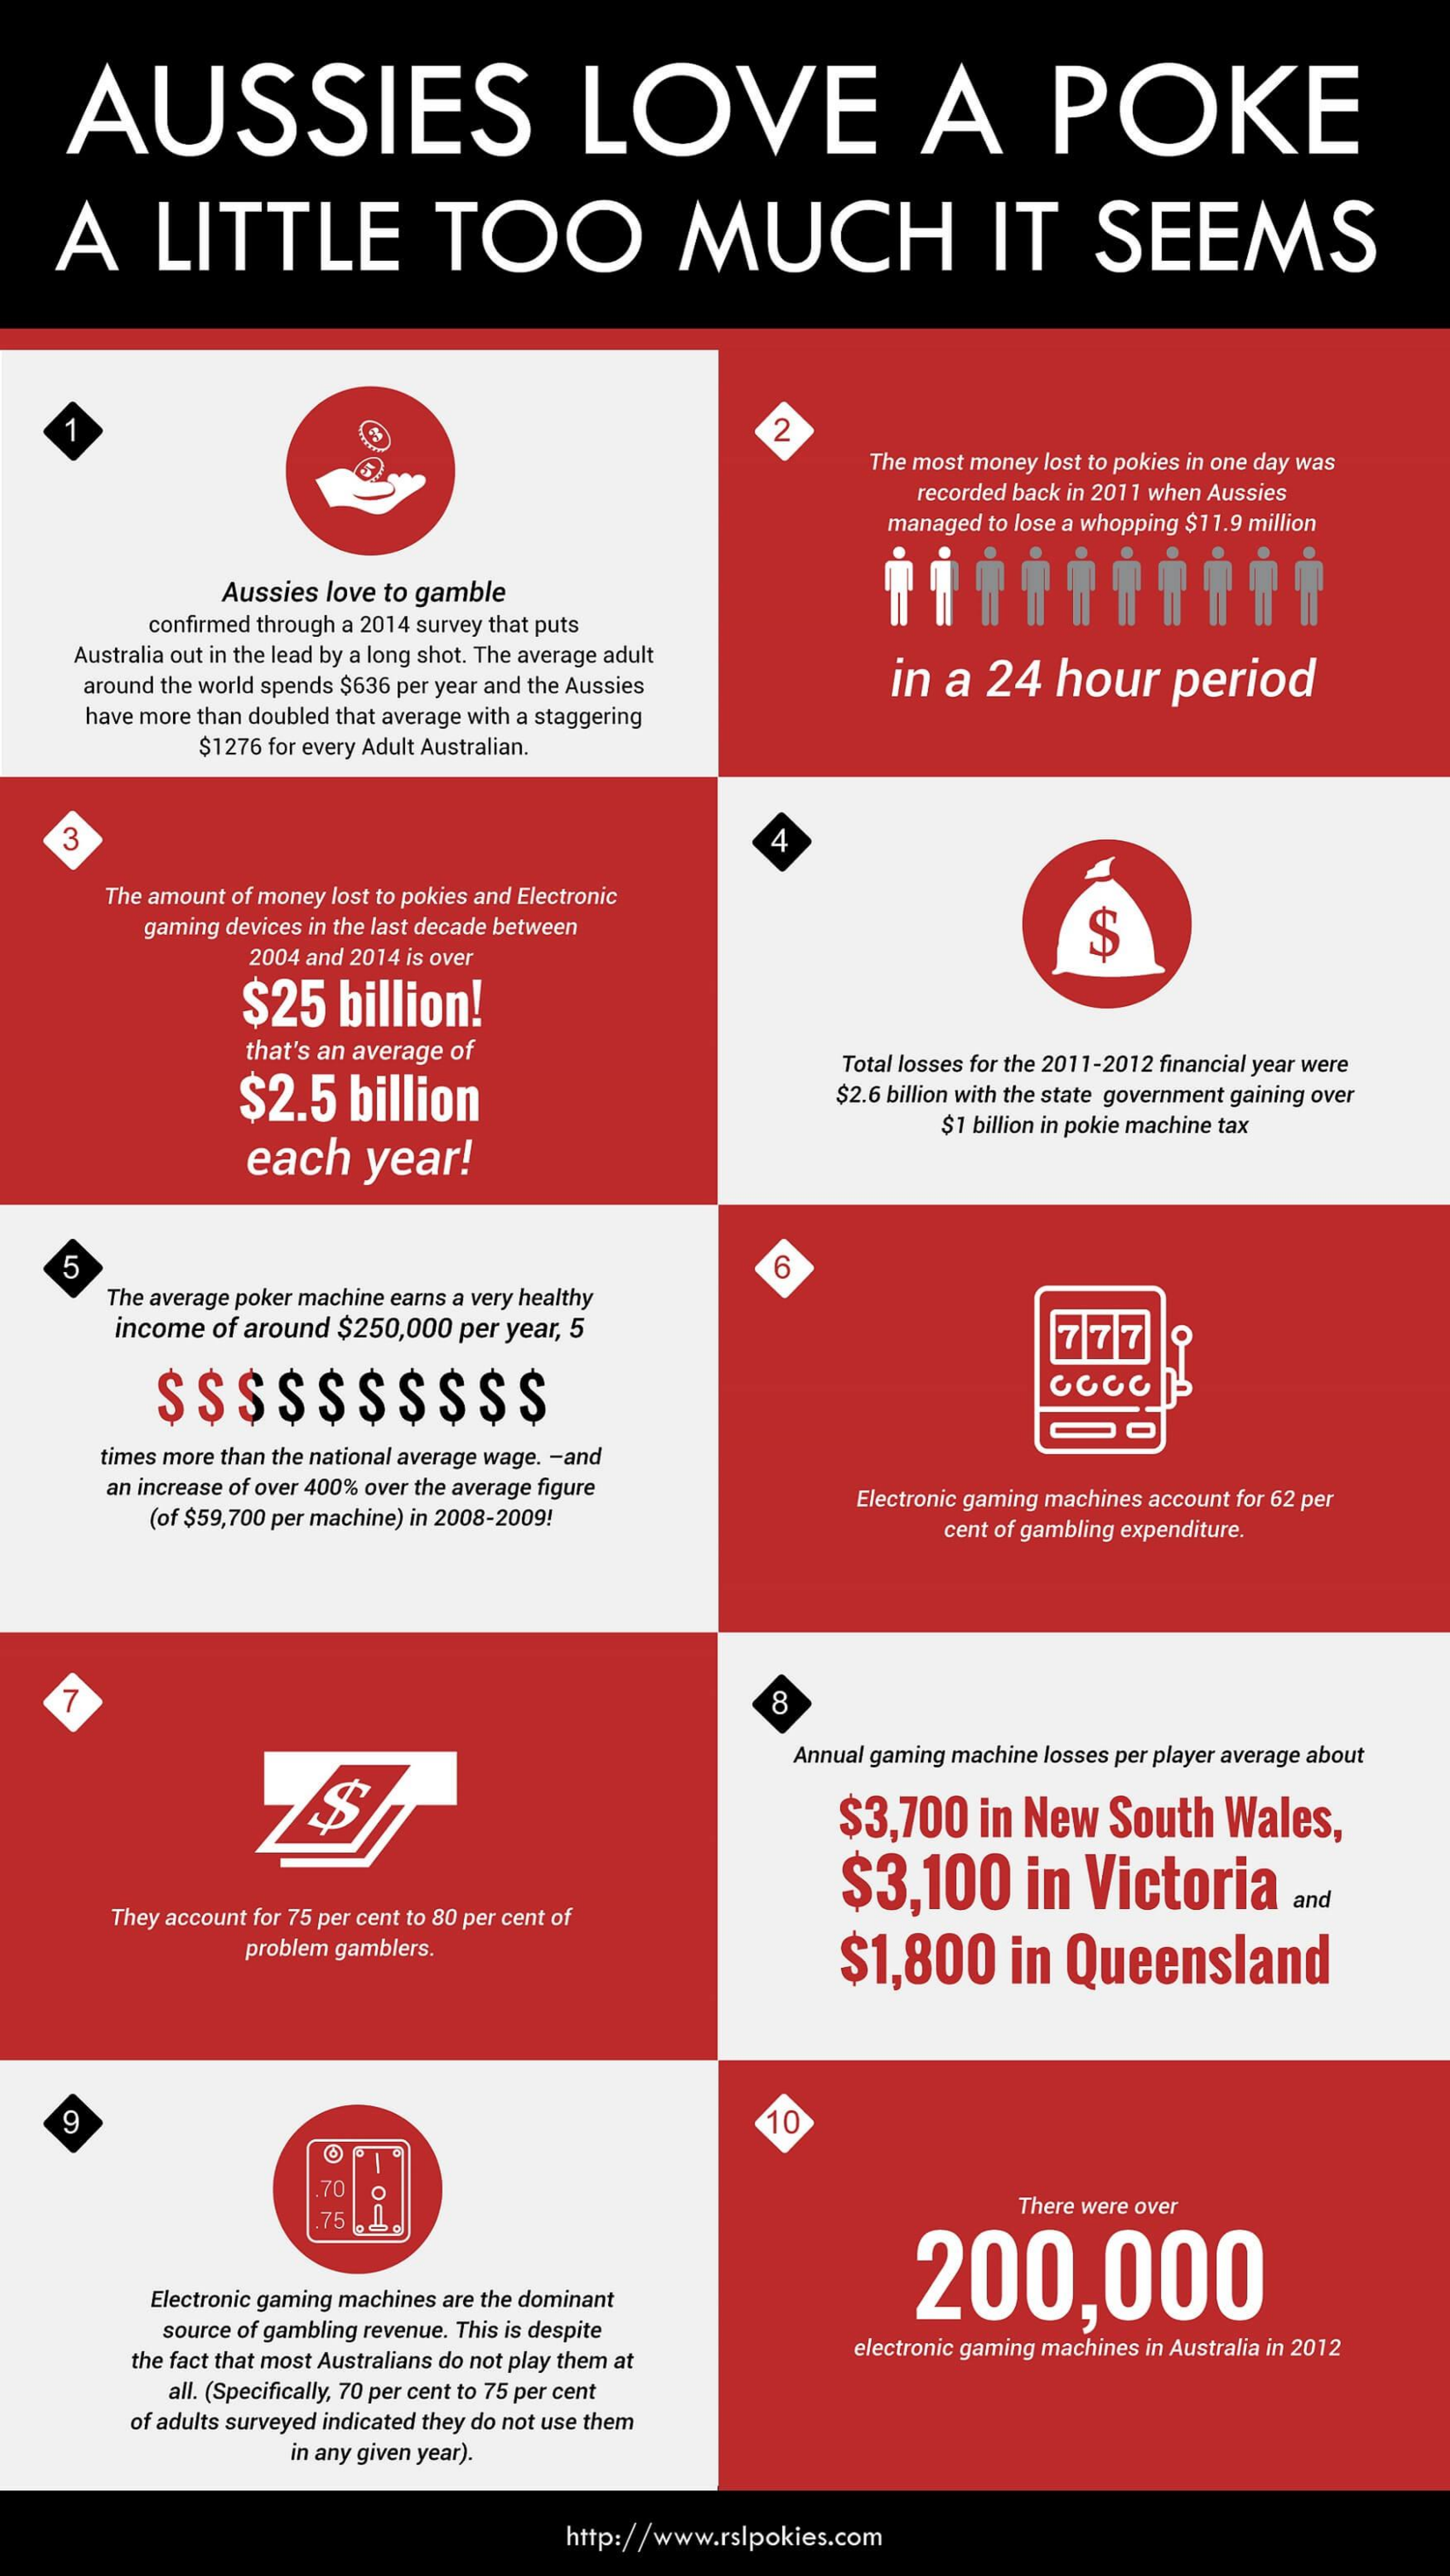
AUSSIES    LOVE    A    POKE
    A    LITTLE    TOO    MUCH    IT    SEEMS
     1    2
     The most money lost to pokies in one day was
     recorded back in 2011 when Aussies
     managed to lose a whopping $11.9 million
     Aussies love to gamble
     confirmed through a 2014 survey that puts
     Australia out in the lead by a long shot. The average adult
     around the world spends $636 per year and the Aussies in  a  24  hour    period
     have more than doubled that average with a staggering
     $1276 for every Adult Australian.
     4
     The amount of money lost to pokies and Electronic
     gaming devices in the last decade between    $
     2004 and 2014 is over
     $25   billion!
     that's an average of
     $2.5    billion
     Total losses for the 2011-2012 financial year were
     $2.6 billion with the state government gaining over
     each    year!
     $1 billion in pokie machine tax
     5    6
     The average poker machine earns a very healthy
     income of around $250,000 per year, 5
     $ $  $  $ $  $  $ $  $  $
     777
     times more than the national average wage. - and
     an increase of over 400% over the average figure
     (of $59,700 per machine) in 2008-2009!
     Electronic gaming machines account for 62 per
     cent of gambling expenditure.
     7    8
     Annual gaming machine losses per player average about
     $3,700   in New   South   Wales,
     $3,100    in  Victoria
     They account for 75 per cent to 80 per cent of
     and
     problem gamblers.    $1,800    in  Queensland
     10
     70
     .75    There were over
     200,000
     Electronic gaming machines are the dominant
     source of gambling revenue. This is despite
     the fact that most Australians do not play them at electronic gaming machines in Australia in 2012
     all. (Specifically, 70 per cent to 75 per cent
     of adults surveyed indicated they do not use them
     in any given year).
     http://www.rslpokies.com